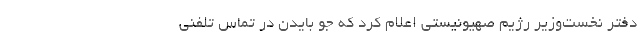
دفتر نخست‌وزیر رژیم صهیونیستی اعلام کرد که جو بایدن در تماس تلفنی